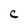
Character: C